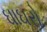
ઘાઘરો